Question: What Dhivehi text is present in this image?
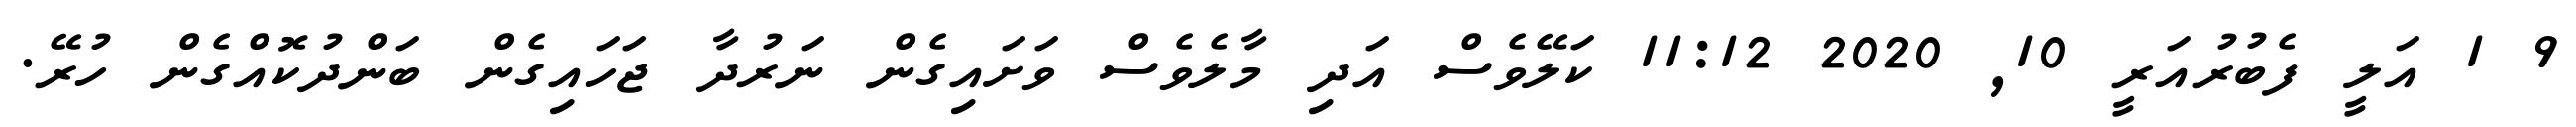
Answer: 9 1 އަލީ ފެބުރުއަރީ 10, 2020 11:12 ކަލޭވެސް އަދި މާލެވެސް ވަށައިގެން ނަރުދާ ޖަހައިގެން ބަންދުކޮއްގެން ހުރޭ.